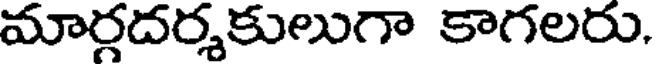
మార్గదర్శకులుగా కాగలరు,